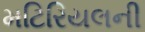
મટિરિયલની